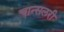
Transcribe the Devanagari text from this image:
चान्सलरी